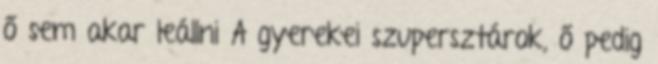
ő sem akar leállni A gyerekei szupersztárok, ő pedig